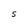
Character: S